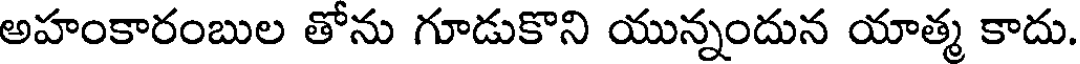
అహంకారంబుల తోను గూడుకొని యున్నందున యాత్మ కాదు.